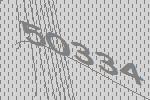
50334